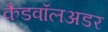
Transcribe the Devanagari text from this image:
कैडवॉलअडर